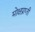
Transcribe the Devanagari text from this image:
मोक्षप्राप्‍ती